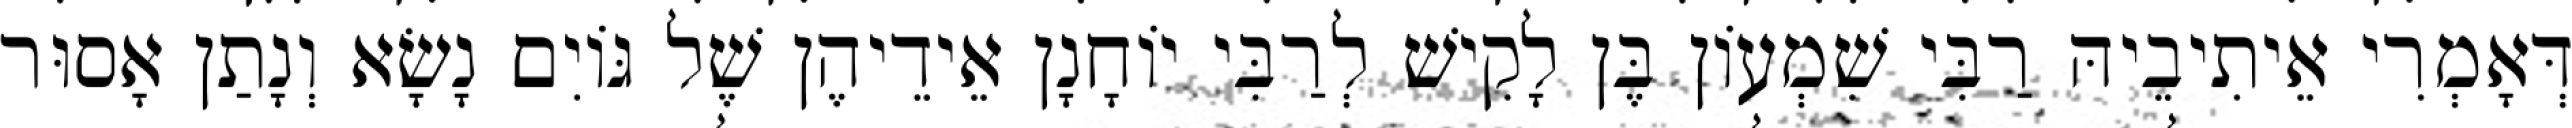
דְּאָמְרִי אֵיתִיבֵיהּ רַבִּי שִׁמְעוֹן בֶּן לָקִישׁ לְרַבִּי יוֹחָנָן אֵידֵיהֶן שֶׁל גּוֹיִם נָשָׂא וְנָתַן אָסוּר